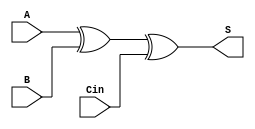
module adder_cell(S, A, B, Cin);
    input A, B, Cin;
    output S;
    xor CALC(S, A, B, Cin); 
endmodule